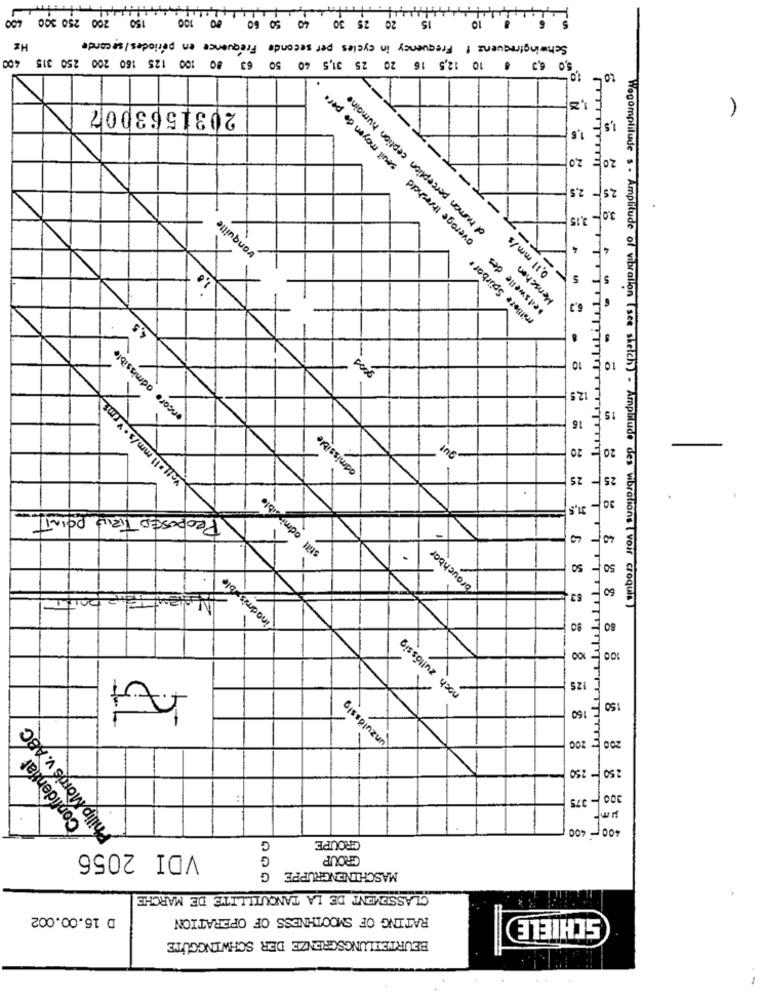
150 200 250 300 400
15 20 25 30 40 50 60 80 100
1.10
Schwingfrequenz ! Frequency in cycles per seconde Fréquence en périodes/seconde
Hz
50 6,3 8 10 12,5 16 20 25 31,5 40 50 63 80 100 125 160 200 250 315 400
average threshold seuil moyen do per.
of human perception ception humaine
1,23
(
2031563007
1,6
2,0
20
2,5
tranquille
_ 3,15
30-
0.11 mm/s
-x
4
mittlere Spürbar
seiswelle des
Menschen
1.0
5
6,3
4,5
encore admissible
pod
10
vettell mm/s . vrms
12,5
15
16
admissible
Sup
20
20=
-
25
25
still admissible
31,5
30
PROPOSED TIRIL POINT
40
brauchbar
-
50
inadmissible
60
63.
90
80
noch zullossig
100
100
75
25
unzulässig
150
160
Philip Morris v. ABC
E 200
200
Confidential
250 -250
UL
:
300 -375
400- 400
GROUPE
VDI 2056
G
GROUP
G
MASCHINENGRUPPE
CLASSEMENT DE LA TANQUILLITE DE MARCHE
D 16.00.002
RATING OF SMOOTHNESS OF OPERATION
SCHIELE
BEURTEILUNGSGRENZE DER SCHWINGGUTE